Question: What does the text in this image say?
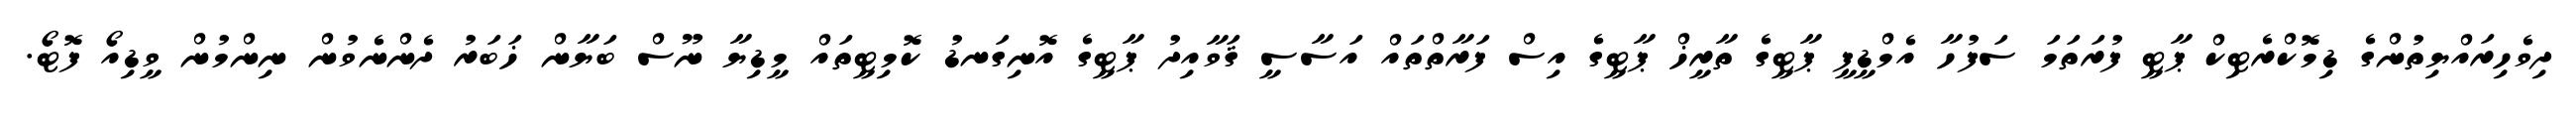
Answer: ދިވެހިރައްޔިތުންގެ ޑިމޮކްރެޓިކް ޕާޓީ ފުރަތަމަ ސަފުހާ އެމްޑީޕީ ޕާޓީގެ ތާރީޚް ޕާޓީގެ އިސް ފަރާތްތައް އަސާސީ ޤަވާއިދު ޕާޓީގެ އޮނިގަނޑު ކޮމިޓީތައް މީޑިޔާ ނޫސް ބަޔާން ޚަބަރު ދެންނެވުން ނިންމުން ވީޑިއޯ ފޮޓޯ.